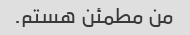
من مطمئن هستم.